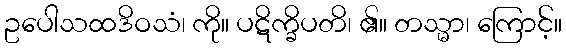
ဥပေါသထဒိဝသံ၊ ကို။ ပဋိက္ခိပတိ၊ ၏။ တသ္မာ၊ ကြောင့်။